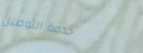
خدمة التوصيل